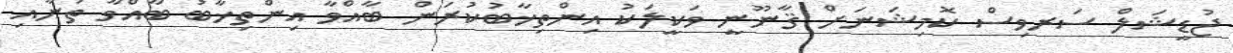
ޖުޑީޝަލް ސަރވިސް ކޮމިޝަނަށް ޤާނޫނީ ވަކީލަކު އިންތިޚާބުކުރަން ބާއްވާ އިންތިޚާބު ބާއްވާ ތަނާއި